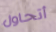
أتحاول